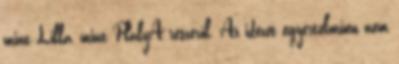
mint Lilla, mint PlalyA részéről. Az idézet egyértelműen nem